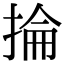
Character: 掄